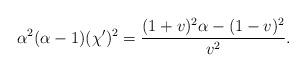
LaTeX: \begin{align*}\alpha^2(\alpha-1)(\chi')^2=\frac{(1+v)^2\alpha-(1-v)^2}{v^2}.\end{align*}